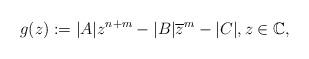
LaTeX: \begin{align*}g(z):= |A|z^{n+m}-|B|\overline{z}^m-|C|, z\in \mathbb{C},\end{align*}